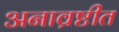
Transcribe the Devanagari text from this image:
अनाव्रष्टीत